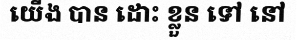
យើង បាន ដោះ ខ្លួន ទៅ នៅ